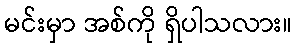
မင်းမှာ အစ်ကို ရှိပါသလား။